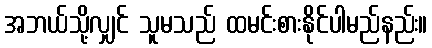
အဘယ်သို့လျှင် သူမသည် ထမင်းစားနိုင်ပါမည်နည်း။